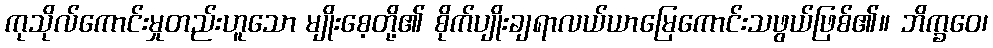
ကုသိုလ်ကောင်းမှုတည်းဟူသော မျိုးစေ့တို့၏ စိုက်ပျိုးချရာလယ်ယာမြေကောင်းသဖွယ်ဖြစ်၏။ ဘိက္ခဝေ၊